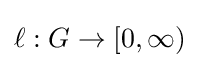
\ell :G\to [0,\infty )